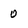
Character: 0